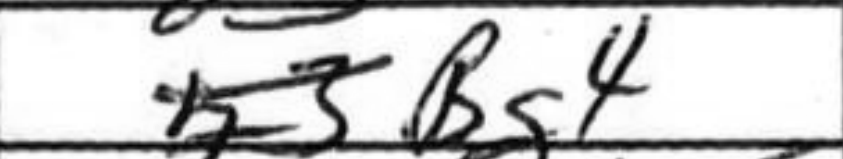
Transcription: Bg4